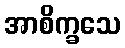
အာစိက္ခသေ